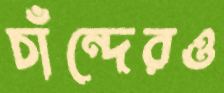
চাঁন্দেরও